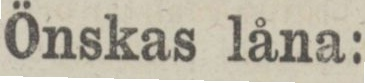
Önskas låna: